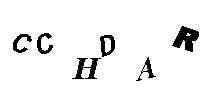
CCHDAR